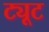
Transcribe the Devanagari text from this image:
ट्यूट